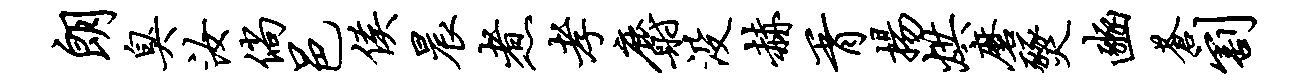
朗臭汝倘邑侯晨煮孝麝没赫胥扬烘磨燹豳苍割